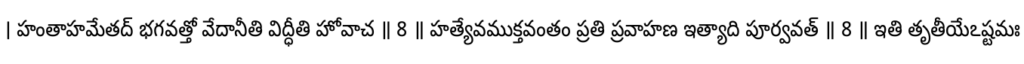
। హంతాహమేతద్ భగవత్తో వేదానీతి విద్ధీతి హోవాచ ॥ 8 ॥ హత్యేవముక్తవంతం ప్రతి ప్రవాహణ ఇత్యాది పూర్వవత్ ॥ 8 ॥ ఇతి తృతీయేఽష్టమః